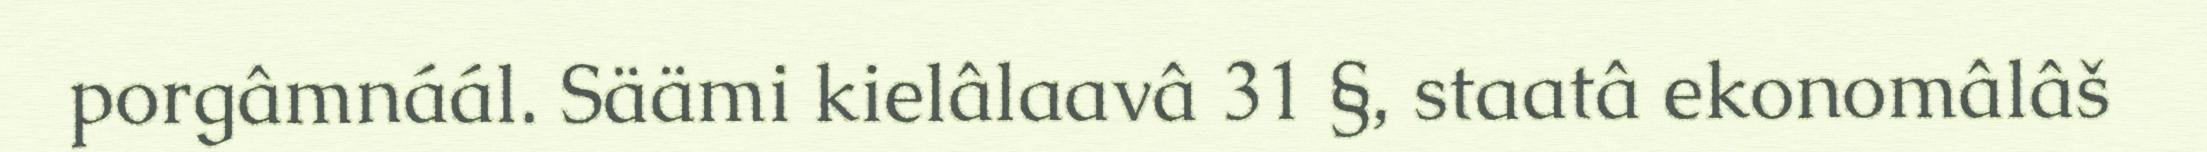
porgâmnáál. Säämi kielâlaavâ 31 §, staatâ ekonomâlâš